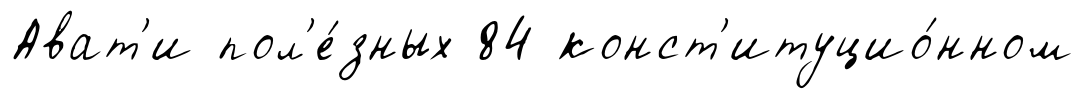
Ават'и пол'е́зных 84 конст'итуцио́нном